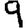
Digit: 9